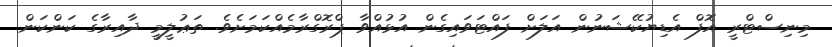
މިނިސްޓްރީ އޮފް އެޑިޔުކޭޝަނުން އަލަށް ފައްޓަވައިގެން އުޅުއްވާ ޕްރޮގްރާމެއްކަމަށެވެ. ތަޢުލީމީ ދާއިރާގެ ކަންކަން